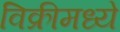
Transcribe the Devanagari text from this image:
विक्रीमध्ये